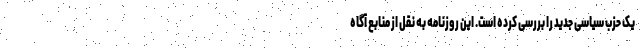
یک حزب سیاسی جدید را بررسی کرده است. این روزنامه به نقل از منابع آگاه